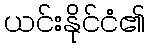
ယင်းနိုင်ငံ၏